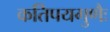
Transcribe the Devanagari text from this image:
कतिपयगुणैः